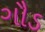
ગૌડ